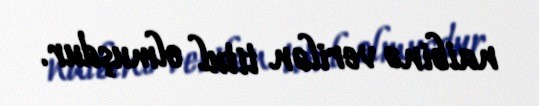
naibinə verilən titul olmuşdur.